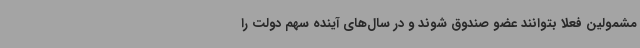
مشمولین فعلاً بتوانند عضو صندوق شوند و در سال‌های آینده سهم دولت را